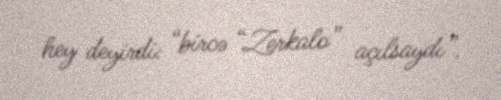
hey deyirdi: “bircə “Zerkalo” açılsaydı”.